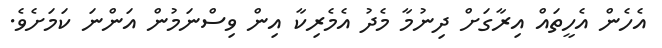
އެހެން އެހީތައް އިރާގަށް ދިނުމާ މެދު އެމެރިކާ އިން ވިސްނަމުން އަންނަ ކަމަށެވެ.